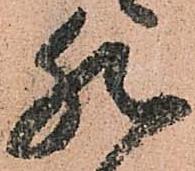
然